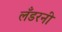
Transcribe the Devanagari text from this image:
लँडरनी